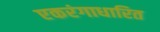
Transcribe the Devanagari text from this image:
एकरंगाधारित